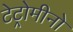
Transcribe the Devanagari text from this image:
टेट्रोमीनो